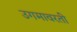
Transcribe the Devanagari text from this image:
उगमावरती